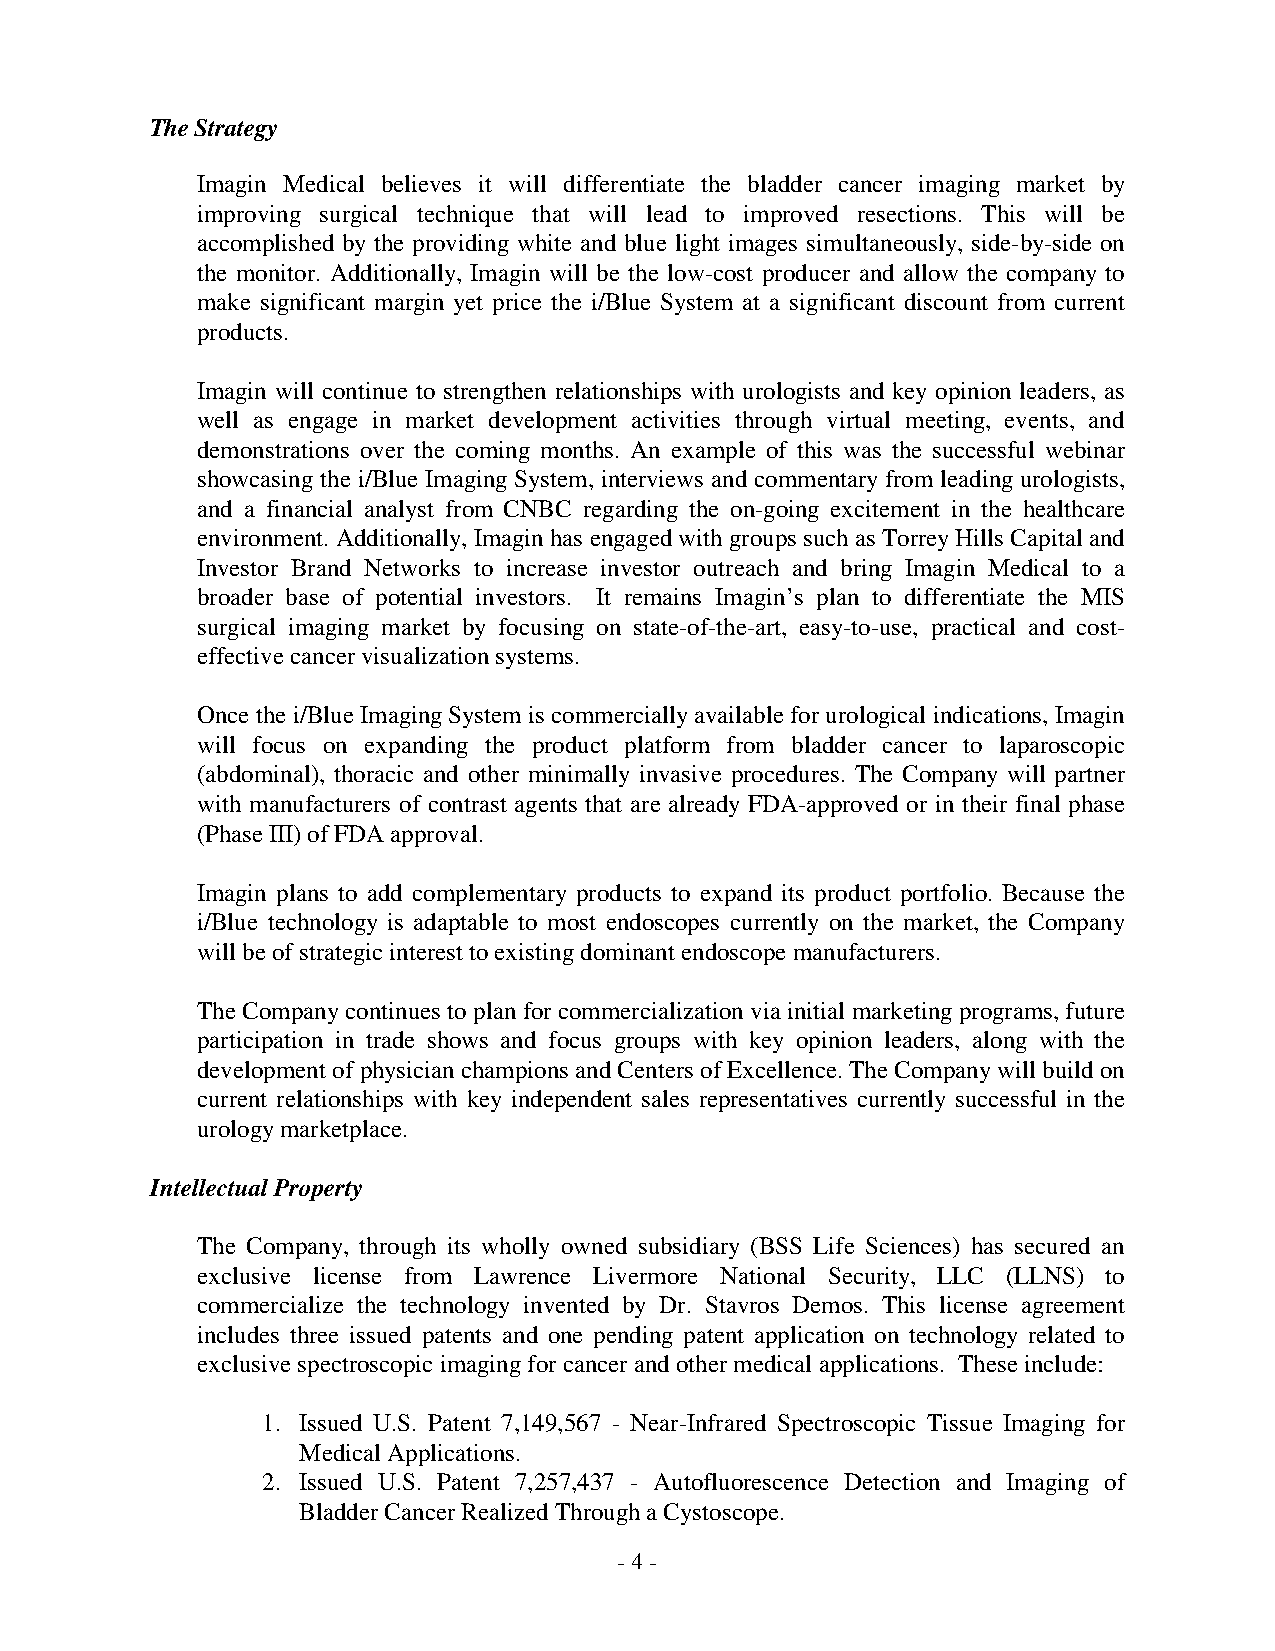
The Strategy
 Imagin Medical believes it will differentiate the bladder cancer imaging market by
 improving surgical technique that will lead to improved resections. This will be
 accomplished by the providing white and blue light images simultaneously, side-by-side on
 the monitor. Additionally, Imagin will be the low-cost producer and allow the company to
 make significant margin yet price the i/Blue System at a significant discount from current
 products.
 Imagin will continue to strengthen relationships with urologists and key opinion leaders, as
 well as engage in market development activities through virtual meeting, events, and
 demonstrations over the coming months. An example of this was the successful webinar
 showcasing the i/Blue Imaging System, interviews and commentary from leading urologists,
 and a financial analyst from CNBC regarding the on-going excitement in the healthcare
 environment. Additionally, Imagin has engaged with groups such as Torrey Hills Capital and
 Investor Brand Networks to increase investor outreach and bring Imagin Medical to a
 broader base of potential investors. It remains Imagin’s plan to differentiate the MIS
 surgical imaging market by focusing on state-of-the-art, easy-to-use, practical and cost-
 effective cancer visualization systems.
 Once the i/Blue Imaging System is commercially available for urological indications, Imagin
 will focus on expanding the product platform from bladder cancer to laparoscopic
 (abdominal), thoracic and other minimally invasive procedures. The Company will partner
 with manufacturers of contrast agents that are already FDA-approved or in their final phase
 (Phase III) of FDA approval.
 Imagin plans to add complementary products to expand its product portfolio. Because the
 i/Blue technology is adaptable to most endoscopes currently on the market, the Company
 will be of strategic interest to existing dominant endoscope manufacturers.
 The Company continues to plan for commercialization via initial marketing programs, future
 participation in trade shows and focus groups with key opinion leaders, along with the
 development of physician champions and Centers of Excellence. The Company will build on
 current relationships with key independent sales representatives currently successful in the
 urology marketplace.
 Intellectual Property
 The Company, through its wholly owned subsidiary (BSS Life Sciences) has secured an
 exclusive license from Lawrence Livermore National Security, LLC (LLNS) to
 commercialize the technology invented by Dr. Stavros Demos. This license agreement
 includes three issued patents and one pending patent application on technology related to
 exclusive spectroscopic imaging for cancer and other medical applications. These include:
 1. Issued U.S. Patent 7,149,567 - Near-Infrared Spectroscopic Tissue Imaging for
 Medical Applications.
 2. Issued U.S. Patent 7,257,437 - Autofluorescence Detection and Imaging of
 Bladder Cancer Realized Through a Cystoscope.
 - 4 -